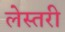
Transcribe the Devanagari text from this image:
लेस्तरी